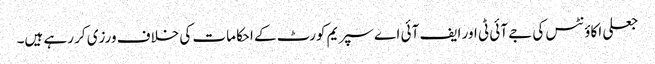
جعلی اکاؤنٹس کی جے آئی ٹی اور ایف آئی اے سپریم کورٹ کے احکامات کی خلاف ورزی کر رہے ہیں۔